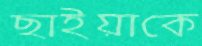
ছাইয়াকে